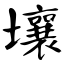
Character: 壤